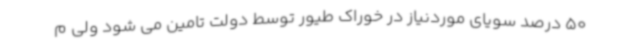
50 درصد سویای موردنیاز در خوراک طیور توسط دولت تامین می شود ولی م